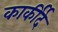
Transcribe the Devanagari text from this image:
कार्कीर्द